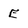
Character: E